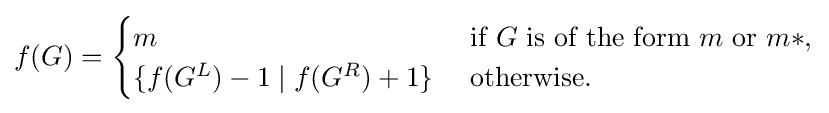
f(G)={\begin{cases}m&{\text{ if }}G{\text{ is of the form }}m{\text{ or }}m*,\\\{f(G^{L})-1\mid f(G^{R})+1\}&{\text{ otherwise.}}\end{cases}}